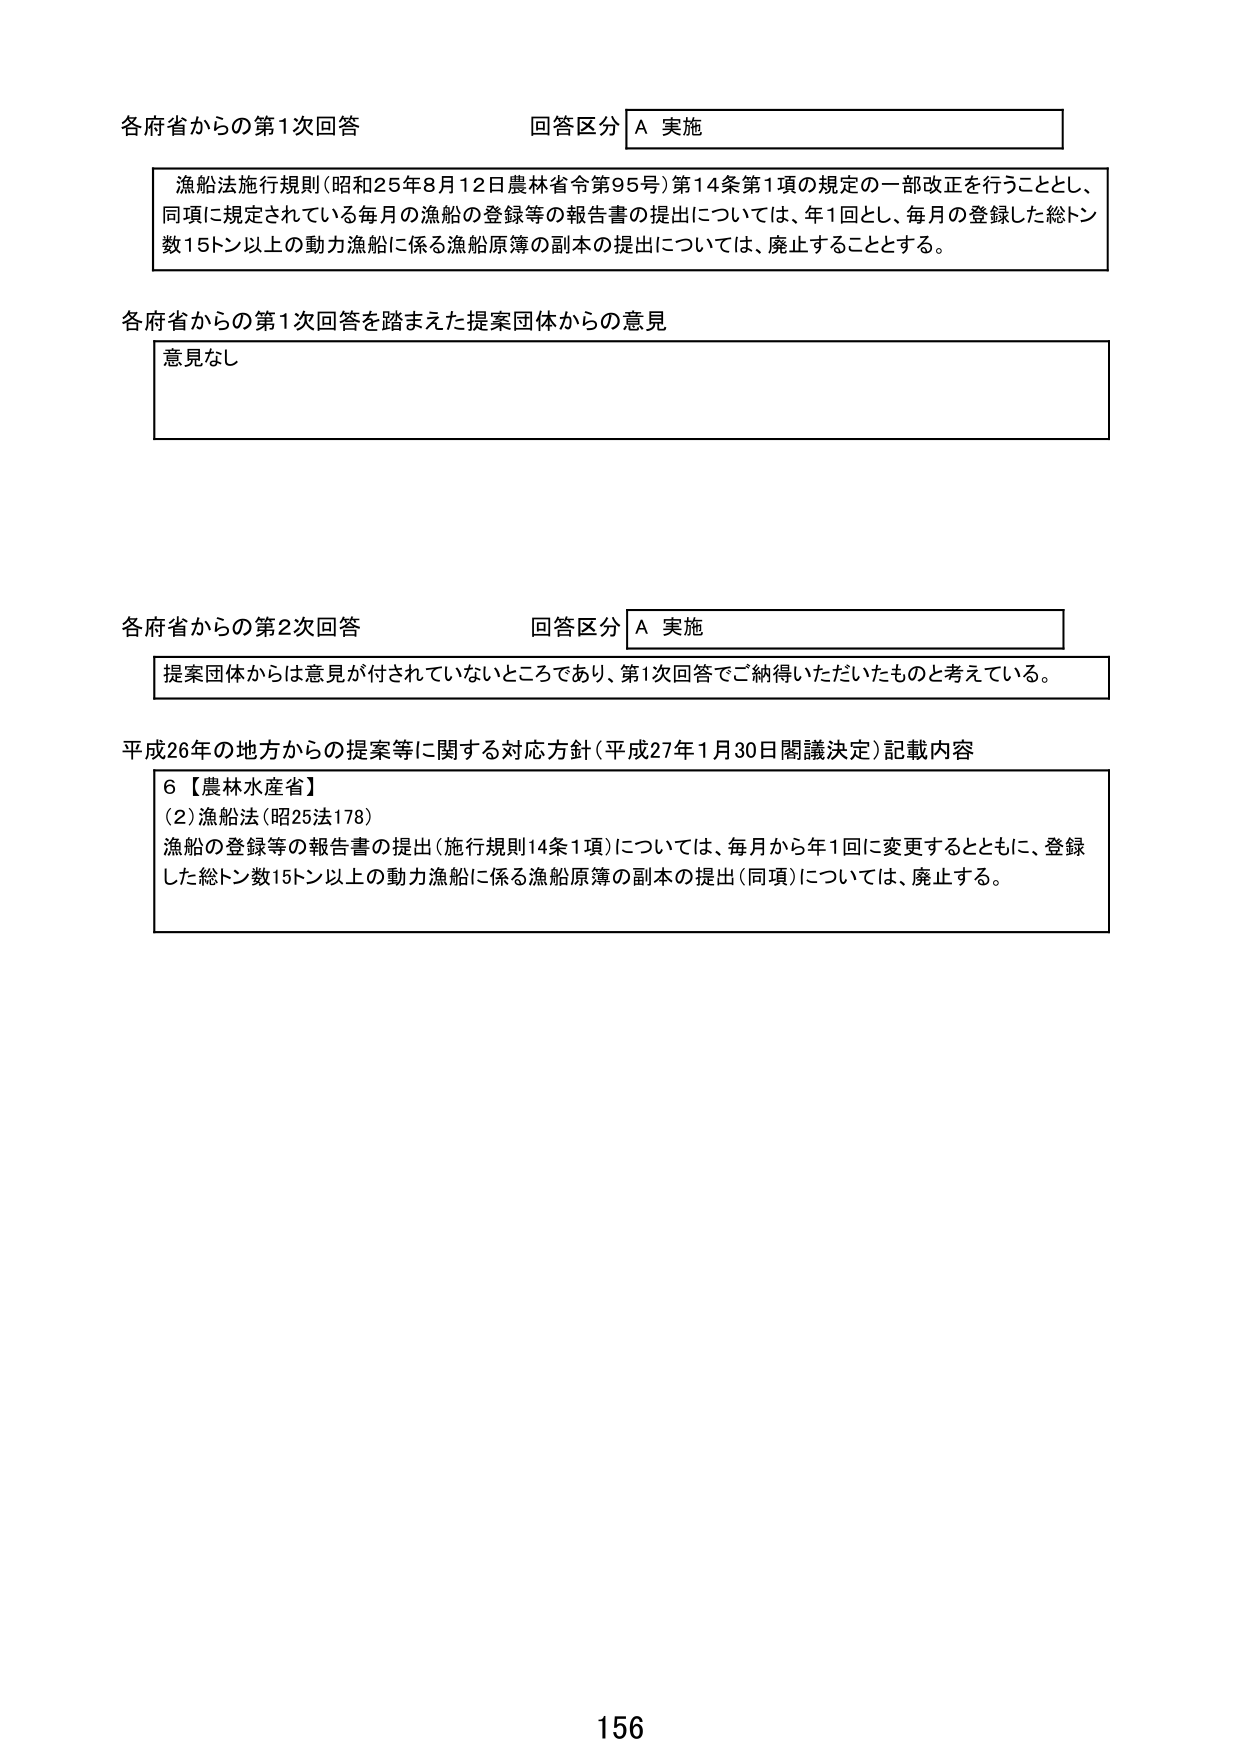
各府省からの第1次回答 回答区分 A 実施
漁船法施行規則（昭和25年8月12日農林省令第95号）第14条第1項の規定の一部改正を行うこととし、
同項に規定されている毎月の漁船の登録等の報告書の提出については、年1回とし、毎月の登録した総トン
数15トン以上の動力漁船に係る漁船原簿の副本の提出については、廃止することとする。

各府省からの第1次回答を踏まえた提案団体からの意見
意見なし

各府省からの第2次回答 回答区分 A 実施
提案団体からは意見が付されていないところであり、第1次回答でご納得いただいたものと考えている。

平成26年の地方からの提案等に関する対応方針（平成27年1月30日閣議決定）記載内容
6【農林水産省】
(2)漁船法（昭25法178）
漁船の登録等の報告書の提出（施行規則14条1項）については、毎月から年1回に変更するとともに、登録
した総トン数15トン以上の動力漁船に係る漁船原簿の副本の提出（同項）については、廃止する。

156